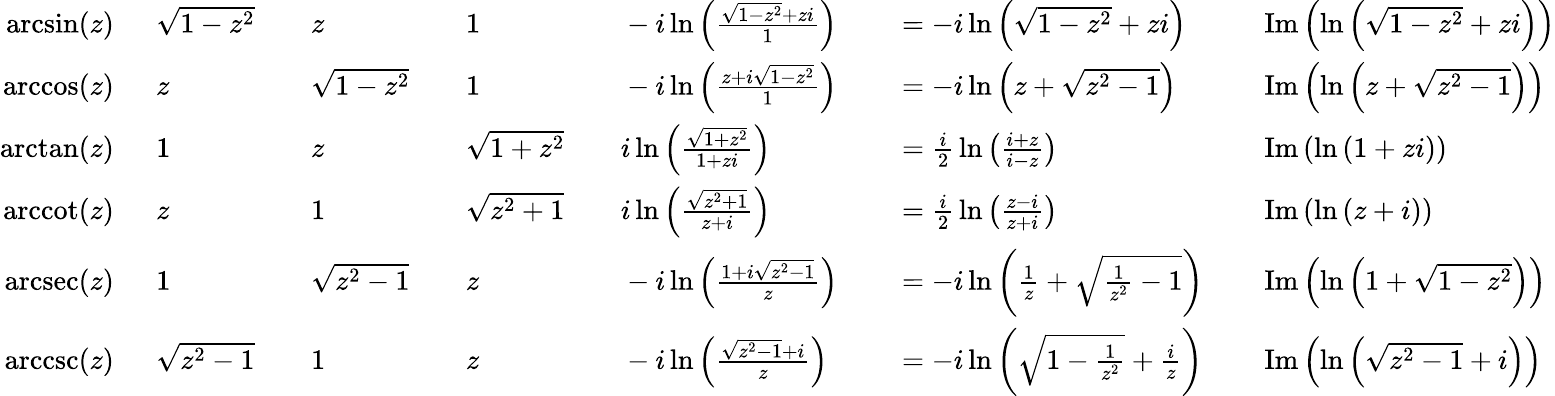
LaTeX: \begin{array}{rlrlrlrlrlrl}{\arcsin(z)\ \ }&{{}{\sqrt{1-z^{2}}}}&{}&{{}z}&{}&{{}1}&{}&{{}-i\ln\left({\frac{{\sqrt{1-z^{2}}}+zi}{1}}\right)}&{}&{{}=-i\ln\left({\sqrt{1-z^{2}}}+zi\right)}&{}&{{}\operatorname{Im}\left(\ln\left({\sqrt{1-z^{2}}}+zi\right)\right)}\\ {\operatorname{arccos}(z)\ \ }&{{}z}&{}&{{}{\sqrt{1-z^{2}}}}&{}&{{}1}&{}&{{}-i\ln\left({\frac{z+i{\sqrt{1-z^{2}}}}{1}}\right)}&{}&{{}=-i\ln\left(z+{\sqrt{z^{2}-1}}\right)}&{}&{{}\operatorname{Im}\left(\ln\left(z+{\sqrt{z^{2}-1}}\right)\right)}\\ {\arctan(z)\ \ }&{{}1}&{}&{{}z}&{}&{{}{\sqrt{1+z^{2}}}}&{}&{{}i\ln\left({\frac{\sqrt{1+z^{2}}}{1+zi}}\right)}&{}&{{}={\frac{i}{2}}\ln\left({\frac{i+z}{i-z}}\right)}&{}&{{}\operatorname{Im}\left(\ln\left(1+zi\right)\right)}\\ {\operatorname{arccot}(z)\ \ }&{{}z}&{}&{{}1}&{}&{{}{\sqrt{z^{2}+1}}}&{}&{{}i\ln\left({\frac{\sqrt{z^{2}+1}}{z+i}}\right)}&{}&{{}={\frac{i}{2}}\ln\left({\frac{z-i}{z+i}}\right)}&{}&{{}\operatorname{Im}\left(\ln\left(z+i\right)\right)}\\ {\operatorname{arcsec}(z)\ \ }&{{}1}&{}&{{}{\sqrt{z^{2}-1}}}&{}&{{}z}&{}&{{}-i\ln\left({\frac{1+i{\sqrt{z^{2}-1}}}{z}}\right)}&{}&{{}=-i\ln\left({\frac{1}{z}}+{\sqrt{{\frac{1}{z^{2}}}-1}}\right)}&{}&{{}\operatorname{Im}\left(\ln\left(1+{\sqrt{1-z^{2}}}\right)\right)}\\ {\operatorname{arccsc}(z)\ \ }&{{}{\sqrt{z^{2}-1}}}&{}&{{}1}&{}&{{}z}&{}&{{}-i\ln\left({\frac{{\sqrt{z^{2}-1}}+i}{z}}\right)}&{}&{{}=-i\ln\left({\sqrt{1-{\frac{1}{z^{2}}}}}+{\frac{i}{z}}\right)}&{}&{{}\operatorname{Im}\left(\ln\left({\sqrt{z^{2}-1}}+i\right)\right)}\end{array}